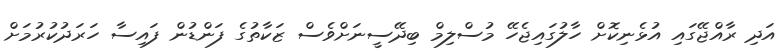
އަދި ރާއްޖޭގައި އުޅެނިކޮށް ހާލުގައިޖެހޭ މުސްލިމް ބިދޭސީނަށްވެސް ޒަކާތުގެ ފަންޑުން ފައިސާ ހަރަދުކުރުމަށް